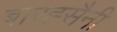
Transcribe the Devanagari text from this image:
बारह्सैनी